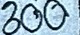
300